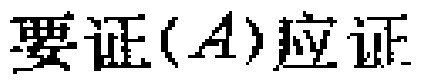
要证$(A)$应证